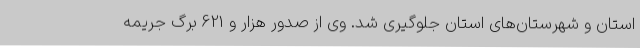
استان و شهرستان‌های استان جلوگیری شد. وی از صدور هزار و 621 برگ جریمه